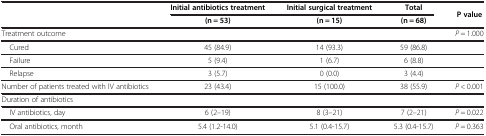
<table><thead><tr><td rowspan="2"><b> </b></td><td><b>Initial antibiotics treatment</b></td><td><b>Initial surgical treatment</b></td><td><b>Total</b></td><td rowspan="2"><b>P value</b></td></tr><tr><td><b>(n = 53)</b></td><td><b>(n = 15)</b></td><td><b>(n = 68)</b></td></tr></thead><tbody><tr><td>Treatment outcome</td><td> </td><td> </td><td> </td><td><i>P</i> = 1.000</td></tr><tr><td> Cured</td><td>45 (84.9)</td><td>14 (93.3)</td><td>59 (86.8)</td><td> </td></tr><tr><td> Failure</td><td>5 (9.4)</td><td>1 (6.7)</td><td>6 (8.8)</td><td> </td></tr><tr><td> Relapse</td><td>3 (5.7)</td><td>0 (0.0)</td><td>3 (4.4)</td><td> </td></tr><tr><td>Number of patients treated with IV antibiotics</td><td>23 (43.4)</td><td>15 (100.0)</td><td>38 (55.9)</td><td><i>P</i> &lt; 0.001</td></tr><tr><td>Duration of antibiotics</td><td> </td><td> </td><td> </td><td> </td></tr><tr><td> IV antibiotics, day</td><td>6 (2–19)</td><td>8 (3–21)</td><td>7 (2–21)</td><td><i>P</i> = 0.022</td></tr><tr><td> Oral antibiotics, month</td><td>5.4 (1.2-14.0)</td><td>5.1 (0.4-15.7)</td><td>5.3 (0.4-15.7)</td><td><i>P</i> = 0.363</td></tr></tbody></table>